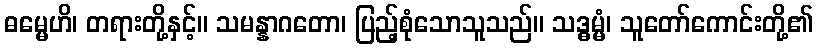
ဓမ္မေဟိ၊ တရားတို့နှင့်။ သမန္နာဂတော၊ ပြည့်စုံသောသူသည်။ သဒ္ဓမ္မံ၊ သူတော်ကောင်းတို့၏